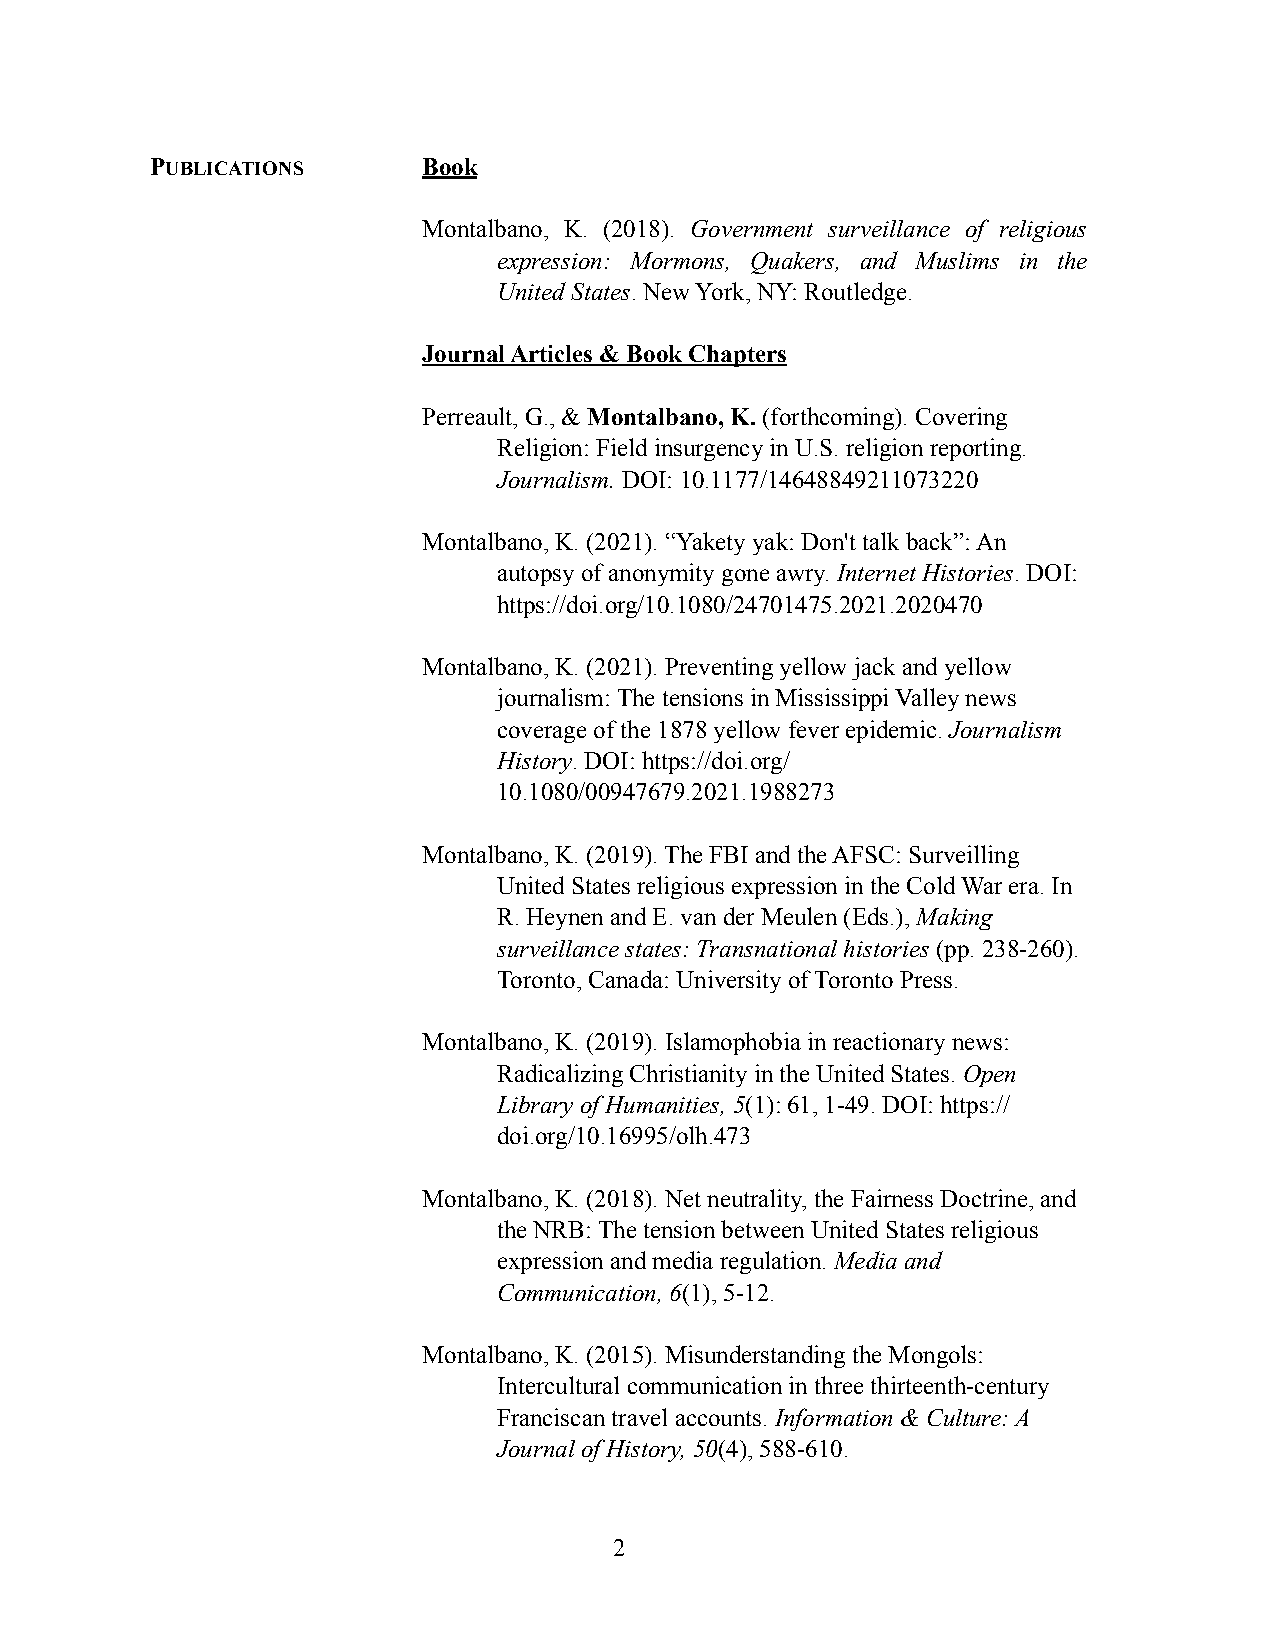
PUBLICATIONS      Book
 Montalbano, K. (2018). Government surveillance of religious
 expression: Mormons, Quakers, and Muslims in the
 United States. New York, NY: Routledge.
 Journal Articles & Book Chapters
 Perreault, G., & Montalbano, K. (forthcoming). Covering
 Religion: Field insurgency in U.S. religion reporting.
 Journalism. DOI: 10.1177/14648849211073220
 Montalbano, K. (2021). “Yakety yak: Don't talk back”: An
 autopsy of anonymity gone awry. Internet Histories. DOI:
 https://doi.org/10.1080/24701475.2021.2020470
 Montalbano, K. (2021). Preventing yellow jack and yellow
 journalism: The tensions in Mississippi Valley news
 coverage of the 1878 yellow fever epidemic. Journalism
 History. DOI: https://doi.org/
 10.1080/00947679.2021.1988273
 Montalbano, K. (2019). The FBI and the AFSC: Surveilling
 United States religious expression in the Cold War era. In
 R. Heynen and E. van der Meulen (Eds.), Making
 surveillance states: Transnational histories (pp. 238-260).
 Toronto, Canada: University of Toronto Press.
 Montalbano, K. (2019). Islamophobia in reactionary news:
 Radicalizing Christianity in the United States. Open
 Library of Humanities, 5(1): 61, 1-49. DOI: https://
 doi.org/10.16995/olh.473
 Montalbano, K. (2018). Net neutrality, the Fairness Doctrine, and
 the NRB: The tension between United States religious
 expression and media regulation. Media and
 Communication, 6(1), 5-12.
 Montalbano, K. (2015). Misunderstanding the Mongols:
 Intercultural communication in three thirteenth-century
 Franciscan travel accounts. Information & Culture: A
 Journal of History, 50(4), 588-610.
 2